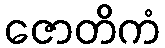
ဇောတိကံ